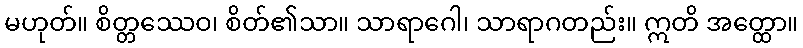
မဟုတ်။ စိတ္တဿေဝ၊ စိတ်၏သာ။ သာရာဂေါ၊ သာရာဂတည်း။ ဣတိ အတ္ထော။